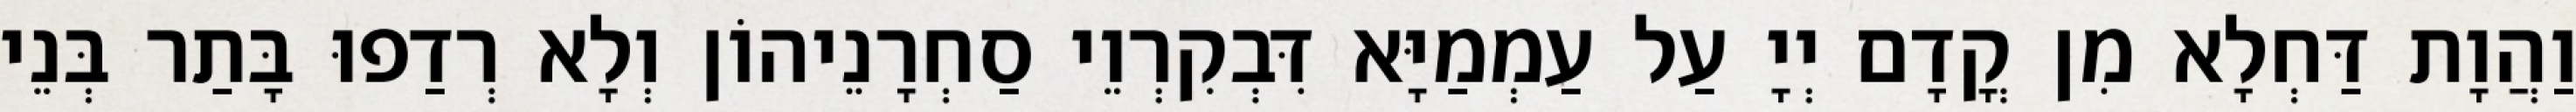
וַהֲוָת דַּחְלָא מִן קֳדָם יְיָ עַל עַמְמַיָּא דִּבְקִרְוֵי סַחְרָנֵיהוֹן וְלָא רְדַפוּ בָּתַר בְּנֵי